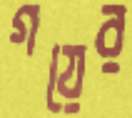
গয়ের